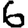
Digit: 6